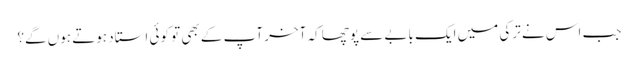
جب اس نے ترکی میں ایک بابے سے پوچھا کہ آخر آپ کے بھی تو کوئی استاد ہوتے ہوں گے؟